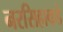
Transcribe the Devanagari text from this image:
नरसिहाकडे